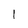
Character: 1